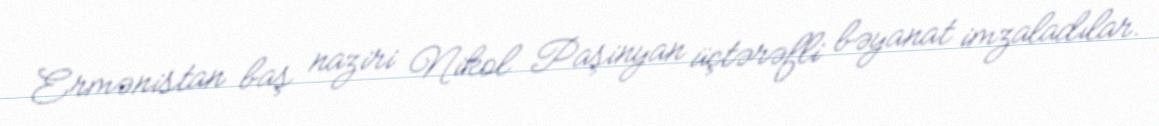
Ermənistan baş naziri Nikol Paşinyan üçtərəfli bəyanat imzaladılar.